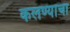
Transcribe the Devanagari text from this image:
कलण्याचा